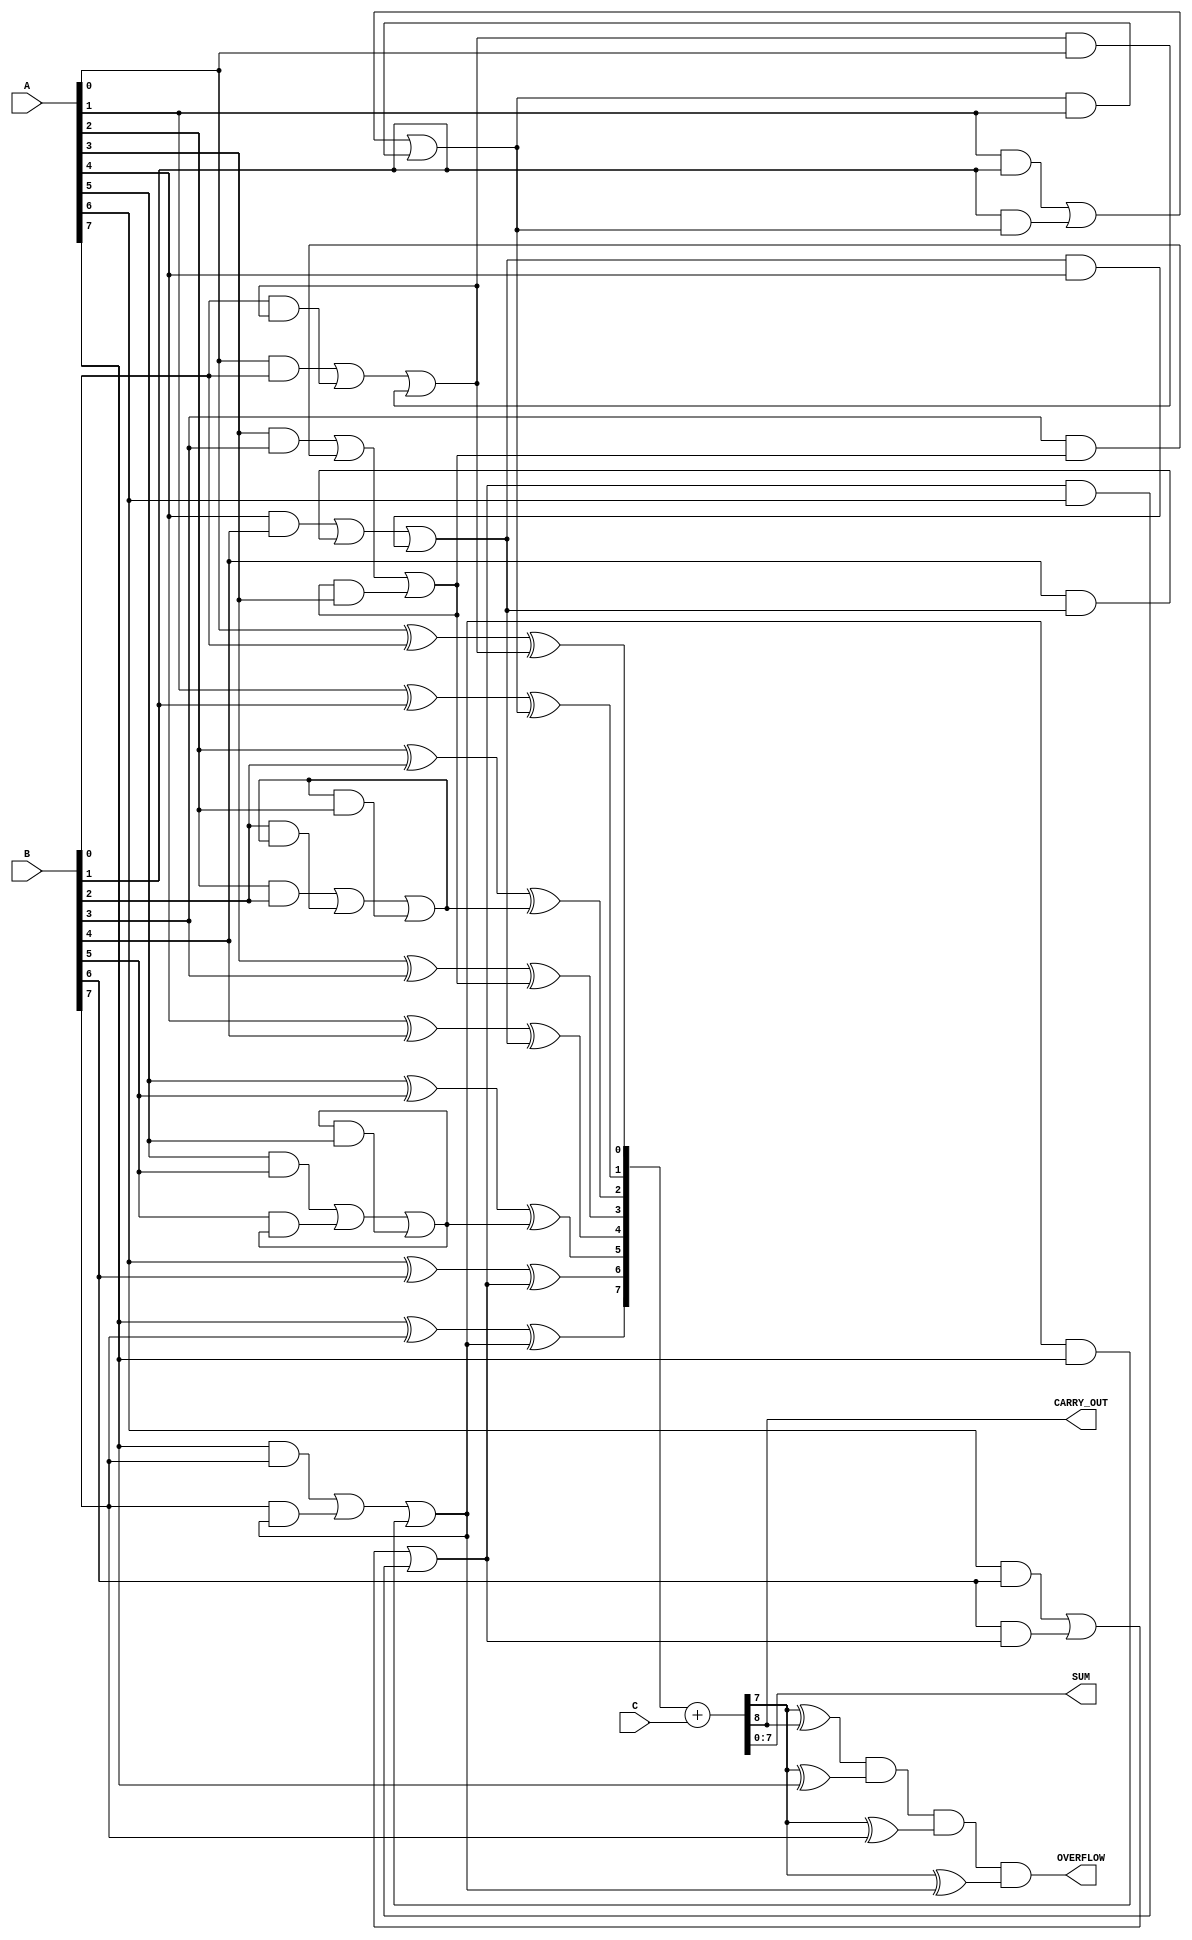
module ModifiedCarrySaveAdder #(parameter N = 8) (
    input  [N-1:0] A, // First operand
    input  [N-1:0] B, // Second operand
    input  [N-1:0] C, // Third operand
    output [N-1:0] SUM, // Final sum output
    output CARRY_OUT, // Final carry output
    output OVERFLOW // Overflow flag
);

    // Intermediate signals for partial sums and carries
    wire [N-1:0] S; // Partial sum
    wire [N-1:0] C; // Partial carry

    // Generate partial sums and carries
    genvar i;
    generate
        for (i = 0; i < N; i = i + 1) begin : CSA
            assign S[i] = A[i] ^ B[i] ^ C[i]; // Partial sum
            assign C[i] = (A[i] & B[i]) | (B[i] & C[i]) | (C[i] & A[i]); // Partial carry
        end
    endgenerate

    // Final addition stage using Ripple Carry Adder
    wire [N:0] final_sum; // Final sum including carry
    assign final_sum = {1'b0, S} + {1'b0, C}; // Add partial sum and carry

    assign SUM = final_sum[N-1:0]; // Final sum output
    assign CARRY_OUT = final_sum[N]; // Final carry output

    // Overflow detection
    assign OVERFLOW = (SUM[N-1] ^ CARRY_OUT) & (SUM[N-1] ^ A[N-1]) & (SUM[N-1] ^ B[N-1]) & (SUM[N-1] ^ C[N-1]);

endmodule